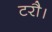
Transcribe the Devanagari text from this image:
टरौ।